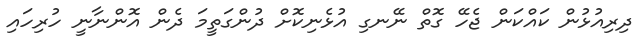
ދިރިއުޅުން ކައްކަން ޖެހޭ ގޮތް ނޭނގި އުޅެނިކޮށް ދުންގަތީމަ ދެން އޮންނާނީ ހުރިހައި